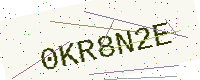
Text: 0KR8N2E